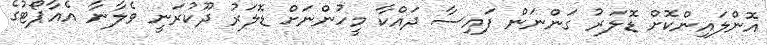
އޮންލައިންކޮށް ޑޮލަރު ގަންނަން ފައިސާ ދައްކާ މީހުންނަށް ޑޮލަރު ދޫކުރަނީ ވެލާނާ އެއާޕޯޓުގެ